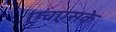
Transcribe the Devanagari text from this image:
एचएसके